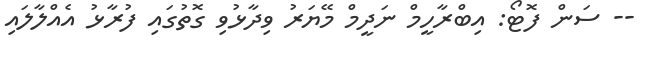
-- ސަން ފޮޓޯ: އިބްރާހީމް ނަދީމް މޭޔަރު ވިދާޅުވި ގޮތުގައި ފުރާޅު އެއްލާލައި